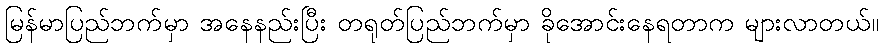
မြန်မာပြည်ဘက်မှာ အနေနည်းပြီး တရုတ်ပြည်ဘက်မှာ ခိုအောင်းနေရတာက များလာတယ်။